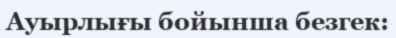
Ауырлығы бойынша безгек: